Report on enteric fever
Disease focus: Fever
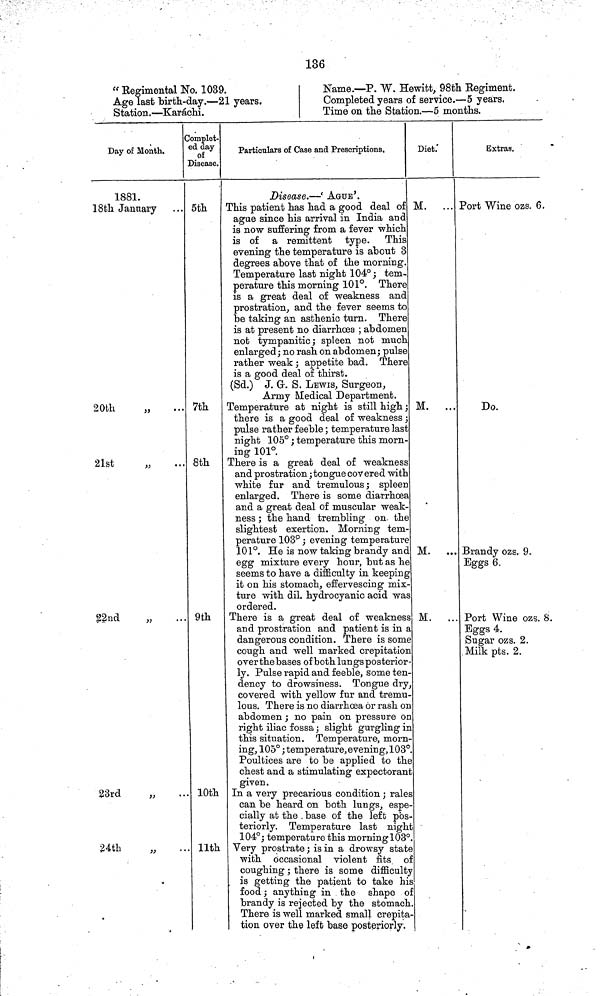
186
"Regimental No. 1039.
Age last birth-day.—21 years,
Station.—Karachi.
Name.—P. W. Hewitt, 98th Regiment.
Completed years of service.—5 years.
Time on the Station.—5 months.
Day of Month.
1881.
18th January
20th
„
21st
„
22nd
„
23rd
„
24th
„
..
Complet-
ed day
of
Disease.
5th
7th
8th
9th
10th
11th
Particulars of Case and Prescriptions,
Disease.—' AGUE'.
This patient has had a good deal of
ague since his arrival in India and
is now suffering from a fever which
is of a remittent type. This
evening the temperature is about 3
degrees above that of the morning.
Temperature last night 104° ; tem-
perature this morning 101°. There
is a great deal of weakness and
prostration, and the fever seems to
be taking an asthenic turn. There
is at present no diarrhoea ; abdomen
not tympanitic; spleen not much
enlarged ; no rash on abdomen ; pulse
rather weak ; appetite bad. There
is a good deal of thirst.
(Sd.) J. G. S. LEWIS, Surgeon,
Army Medical Department.
Temperature at night is still high ;
there is a good deal of weakness ;
pulse rather feeble ; temperature last
night 105° ; temperature this morn-
ing 101°.
There is a great deal of weakness
and prostration ; tongue covered with
white fur and tremulous ; spleen
enlarged. There is some diarrhœa
and a great deal of muscular weak-
ness ; the hand trembling on the
slightest exertion. Morning tem-
perature 103° ; evening temperature
101°. He is now taking brandy and
egg mixture every hour, but as he
seems to have a difficulty in keeping
it on his stomach, effervescing mix-
ture with dil. hydrocyanic acid was
ordered.
There is a great deal of weakness
and prostration and patient is in a
dangerous condition. There is some
cough and well marked crepitation
over the bases of both lungs posterior-
ly. Pulse rapid and feeble, some ten-
dency to drowsiness. Tongue dry,
covered with yellow fur and tremu-
lous. There is no diarrhoea or rash on
abdomen ; no pain on pressure on
right iliac fossa ; slight gurgling in
this situation. Temperature, morn-
ing, 105° ; temperature,evening,103°P
oultices are to be applied to the
chest and a stimulating expectorant
given.
In a very precarious condition ; rales
can be heard on both lungs, espe-
cially at the base of the left pos-
teriorly. Temperature last night
104°; temperature this morning 103°V
ery prostrate ; is in a drowsy state
with occasional violent fits of
coughing ; there is some difficulty
is getting the patient to take his
food ; anything in the shape of
brandy is rejected by the stomach
There is well marked small crepita-
tion over the left base posteriorly.
Diet.
M.
...
M.
...
*
M.
...
M.
...
Extras.
Port Wine ozs. 6.
Do.
Brandy ozs. 9.
Eggs 6.
Port Wine ozs. 8.
Eggs 4.
Sugar ozs. 2.
Milk pts. 2.